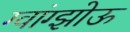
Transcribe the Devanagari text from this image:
ग्वांग्झोऊ